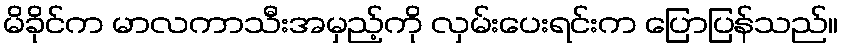
မိခိုင်က မာလကာသီးအမှည့်ကို လှမ်းပေးရင်းက ပြောပြန်သည်။